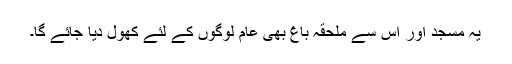
یہ مسجد اور اس سے ملحقہ باغ بھی عام لوگوں کے لئے کھول دیا جائے گا۔